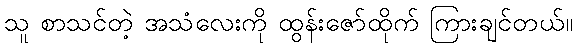
သူ စာသင်တဲ့ အသံလေးကို ထွန်းဇော်ထိုက် ကြားချင်တယ်။